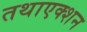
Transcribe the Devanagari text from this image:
तथाएक्शन